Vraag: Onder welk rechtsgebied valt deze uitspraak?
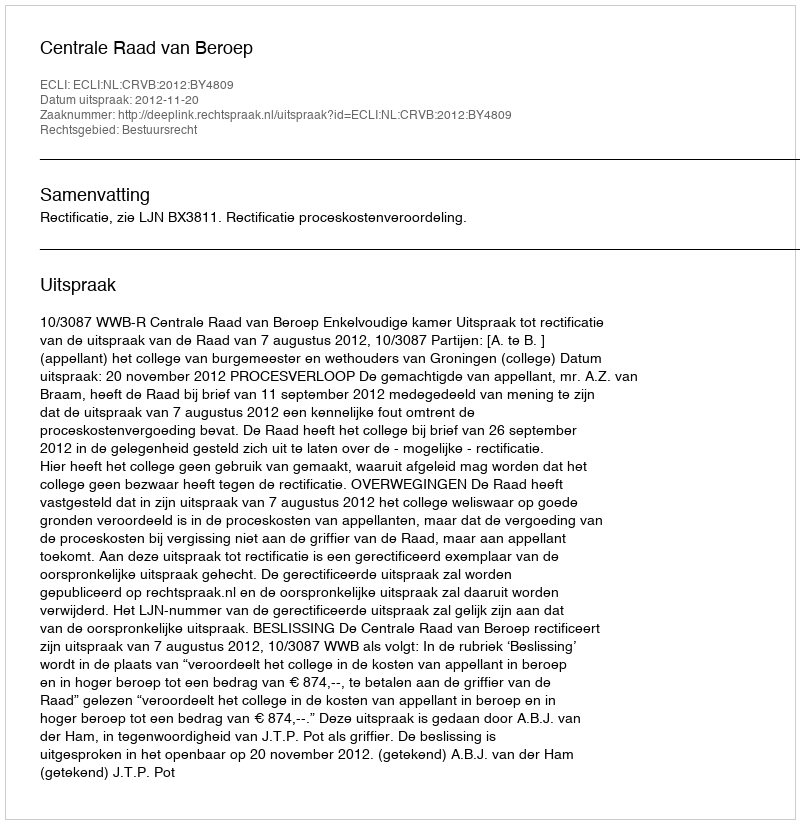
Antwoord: Bestuursrecht